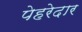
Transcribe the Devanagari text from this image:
पेहरेदार